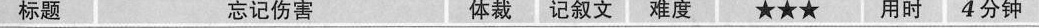
标题 忘记伤害 体裁 记叙文 难度 ★★★ 用时 4分钟